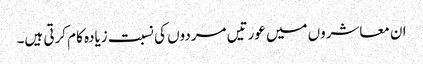
ان معاشروں میں عورتیں مردوں کی نسبت زیادہ کام کرتی ہیں۔